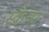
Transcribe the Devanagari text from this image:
स्कैन्स